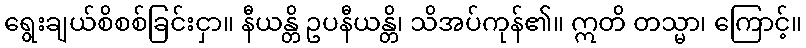
ရွေးချယ်စိစစ်ခြင်းငှာ။ နီယန္တိ ဥပနီယန္တိ၊ သိအပ်ကုန်၏။ ဣတိ တသ္မာ၊ ကြောင့်။